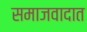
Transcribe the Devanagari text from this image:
समाजवादात